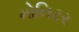
મોનિટર